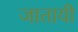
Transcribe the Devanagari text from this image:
जातायी